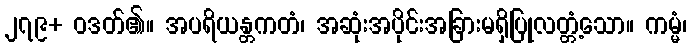
၂၇၉+ ဝဒတ်၏။ အပရိယန္တကတံ၊ အဆုံးအပိုင်းအခြားမရှိပြုလတ္တံ့သော။ ကမ္မံ၊